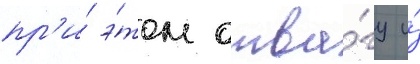
пр'и́ э́том отва́гу и́